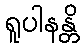
ရူပါနန္တိ